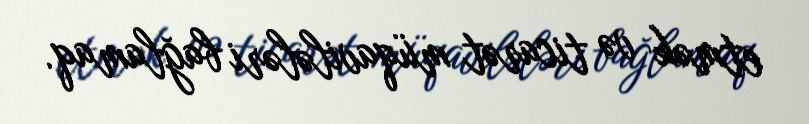
etmək və ticarət müqavilələri bağlamaq.